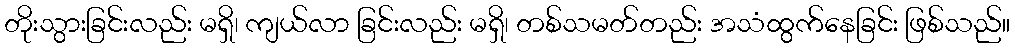
တိုးသွားခြင်းလည်း မရှိ၊ ကျယ်လာ ခြင်းလည်း မရှိ၊ တစ်သမတ်တည်း အသံထွက်နေခြင်း ဖြစ်သည်။